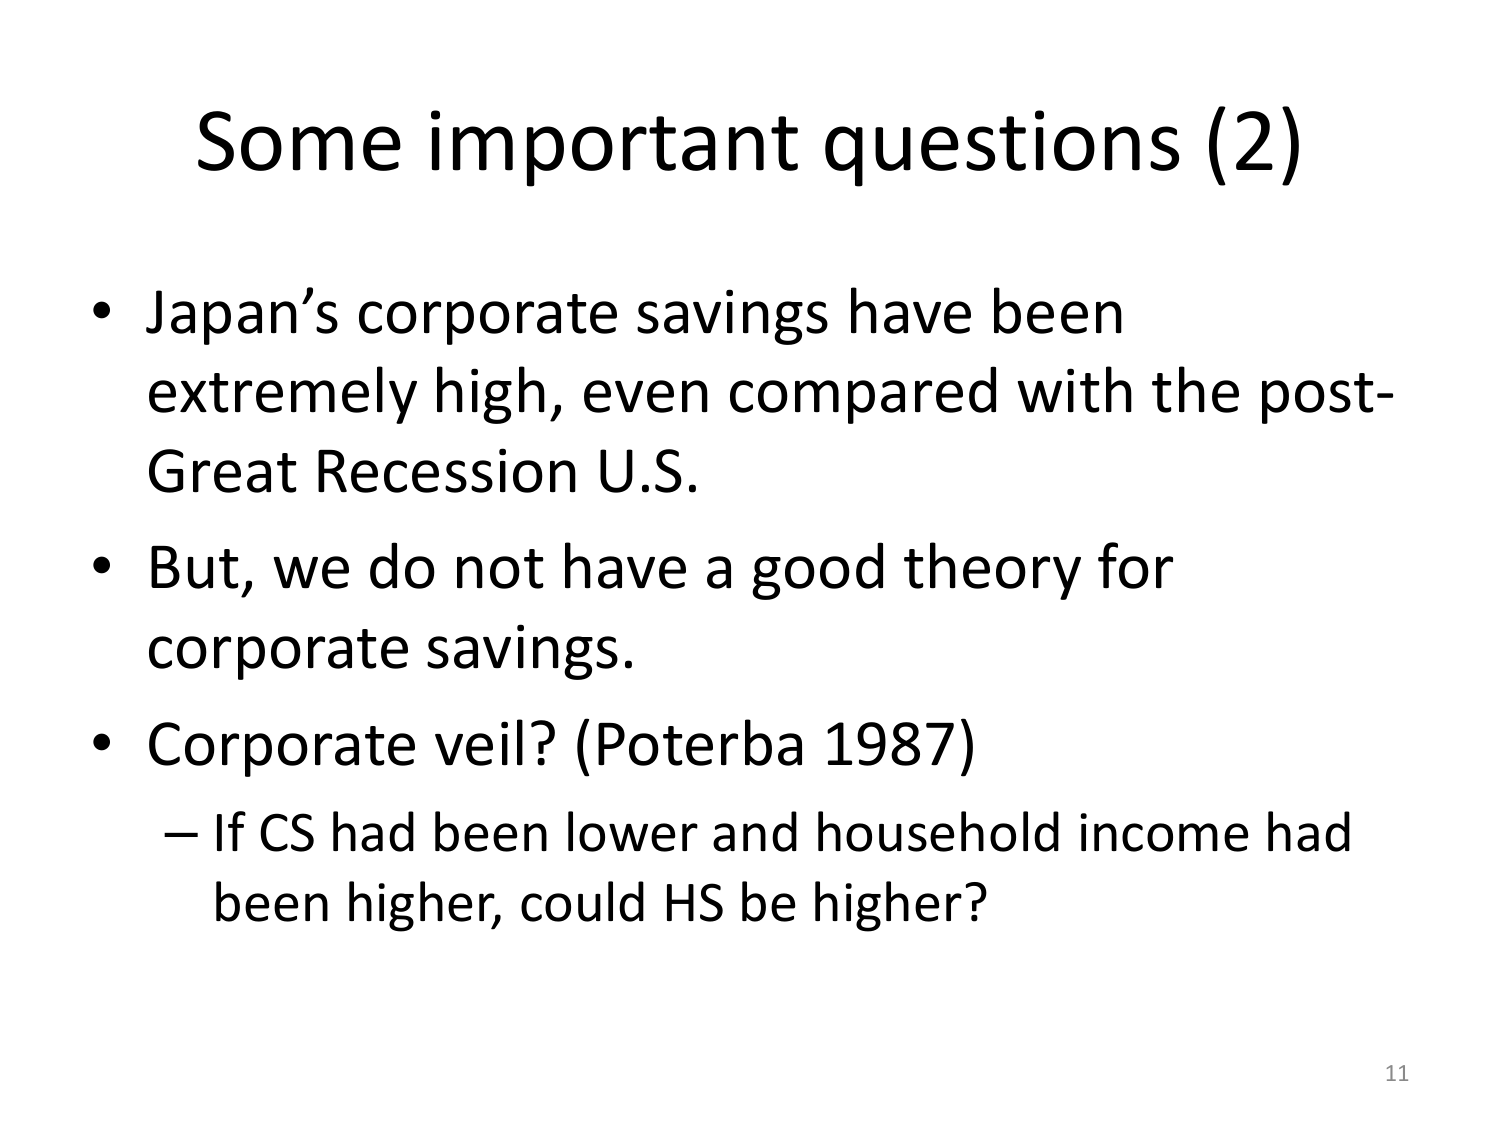
Some important questions (2)

• Japan’s corporate savings have been extremely high, even compared with the post-Great Recession U.S.

• But, we do not have a good theory for corporate savings.

• Corporate veil? (Poterba 1987)
– If CS had been lower and household income had been higher, could HS be higher?

11